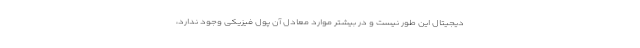
دیجیتال این طور نیست و در بیشتر موارد معادل آن پول فیزیکی وجود ندارد،